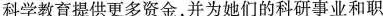
科学教育提供更多资金，并为她们的科研事业和职